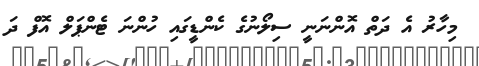
މިހާރު އެ ދަތް އޮންނަނީ ސިލޯނުގެ ކެންޑީގައި ހުންނަ ޓެންޕަލް އޮފް ދަ